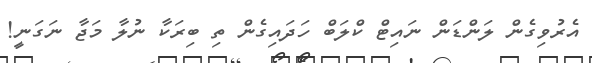
އެރުވިގެން ލަންޑަން ނައިޓް ކްލަބް ހަދައިގެން ތި ބިރަކާ ނުލާ މަޖާ ނަގަނީ!